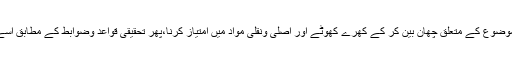
اصطلاحا تحقیق کا مطلب ہے کہ کسی منتخب موضوع کے متعلق چھان بین کر کے کھرے کھوٹے اور اصلی ونقلی مواد میں امتیاز کرنا،پھر تحقیقی قواعد وضوابط کے مطابق اسے استعمال میں لانا اور اس سے نتائج اخذ کرنا ۔